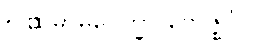
၅။	သမာဓုပေက္ခာ ဗောဇ္ဈင်္ဂါ၊